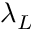
\lambda _ { L }